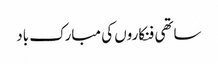
ساتھی فنکاروں‌ کی مبارک باد